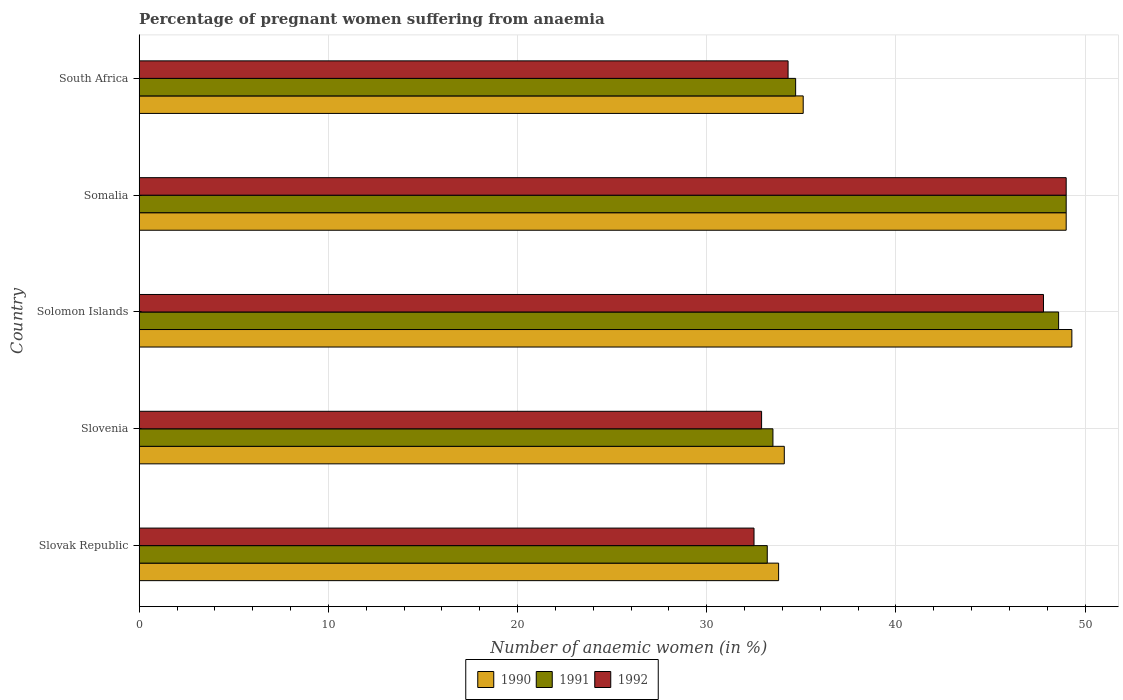
| Country | 1990 | 1991 | 1992 |
 | --- | --- | --- | --- |
 | Slovak Republic | 33.8 | 33.2 | 32.5 |
 | Slovenia | 34.1 | 33.5 | 32.9 |
 | Solomon Islands | 49.3 | 48.6 | 47.8 |
 | Somalia | 49 | 49 | 49 |
 | South Africa | 35.1 | 34.7 | 34.3 |